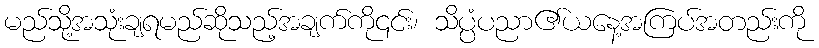
မည်သို့အသုံးချရမည်ဆိုသည့်အချက်ကို၎င်း၊ သိပ္ပံပညာ၏ယနေ့အကြပ်အတည်းကို